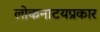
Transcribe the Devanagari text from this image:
लोकनाटयप्रकार